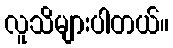
လူသိများပါတယ်။